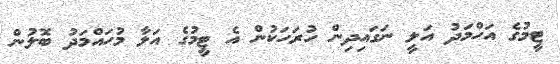
ޓީމުގެ އަހްމަދު އަލީ ނަގައިދިން ހުރަހަކުން އެ ޓީމުގެ އަލާ މުހައްމަދު ބޮލުން